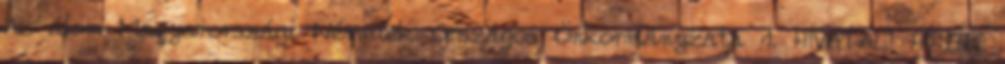
Az álom Magyarországi Németek Országos Önkormányzata 1. HIVATALI HÍREK